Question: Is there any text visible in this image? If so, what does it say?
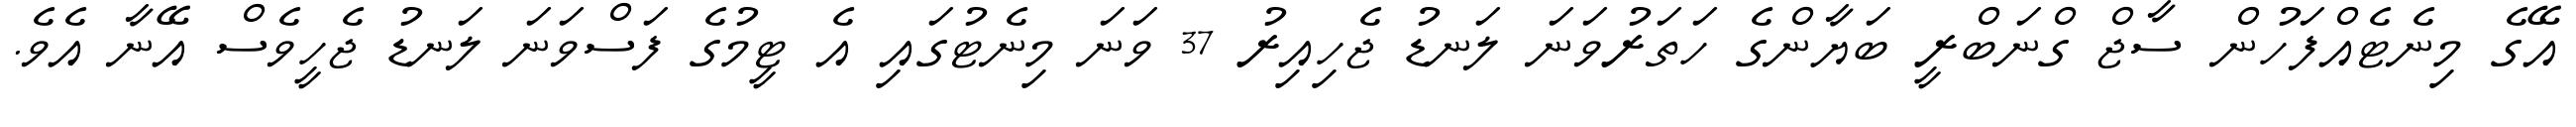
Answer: އޭގެ މިނެޓެއްފަހުން ސާޖް ގްނަބްރީ ބަޔާންގެ ހަތަރުވަނަ ލަނޑު ޖެހިއިރު 37 ވަނަ މިނެޓުގައި އެ ޓީމުގެ ފަސްވަނަ ލަނޑު ޖެހީވެސް އޭނާ އެވެ.